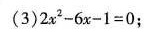
(3)2x^{2}-6x-1=0;